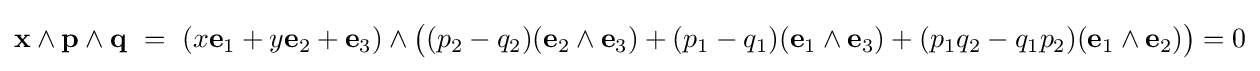
\mathbf {x} \wedge \mathbf {p} \wedge \mathbf {q} \ =\ (x\mathbf {e} _{1}+y\mathbf {e} _{2}+\mathbf {e} _{3})\wedge {\big (}(p_{2}-q_{2})(\mathbf {e} _{2}\wedge \mathbf {e} _{3})+(p_{1}-q_{1})(\mathbf {e} _{1}\wedge \mathbf {e} _{3})+(p_{1}q_{2}-q_{1}p_{2})(\mathbf {e} _{1}\wedge \mathbf {e} _{2}){\big )}=0